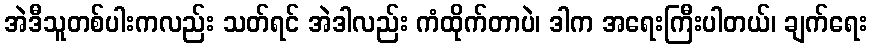
အဲဒီသူတစ်ပါးကလည်း သတ်ရင် အဲဒါလည်း ကံထိုက်တာပဲ၊ ဒါက အရေးကြီးပါတယ်၊ ချက်ရေး